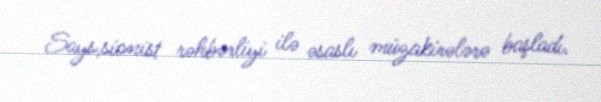
Says,sionist rəhbərliyi ilə əsaslı müzakirələrə başladı.